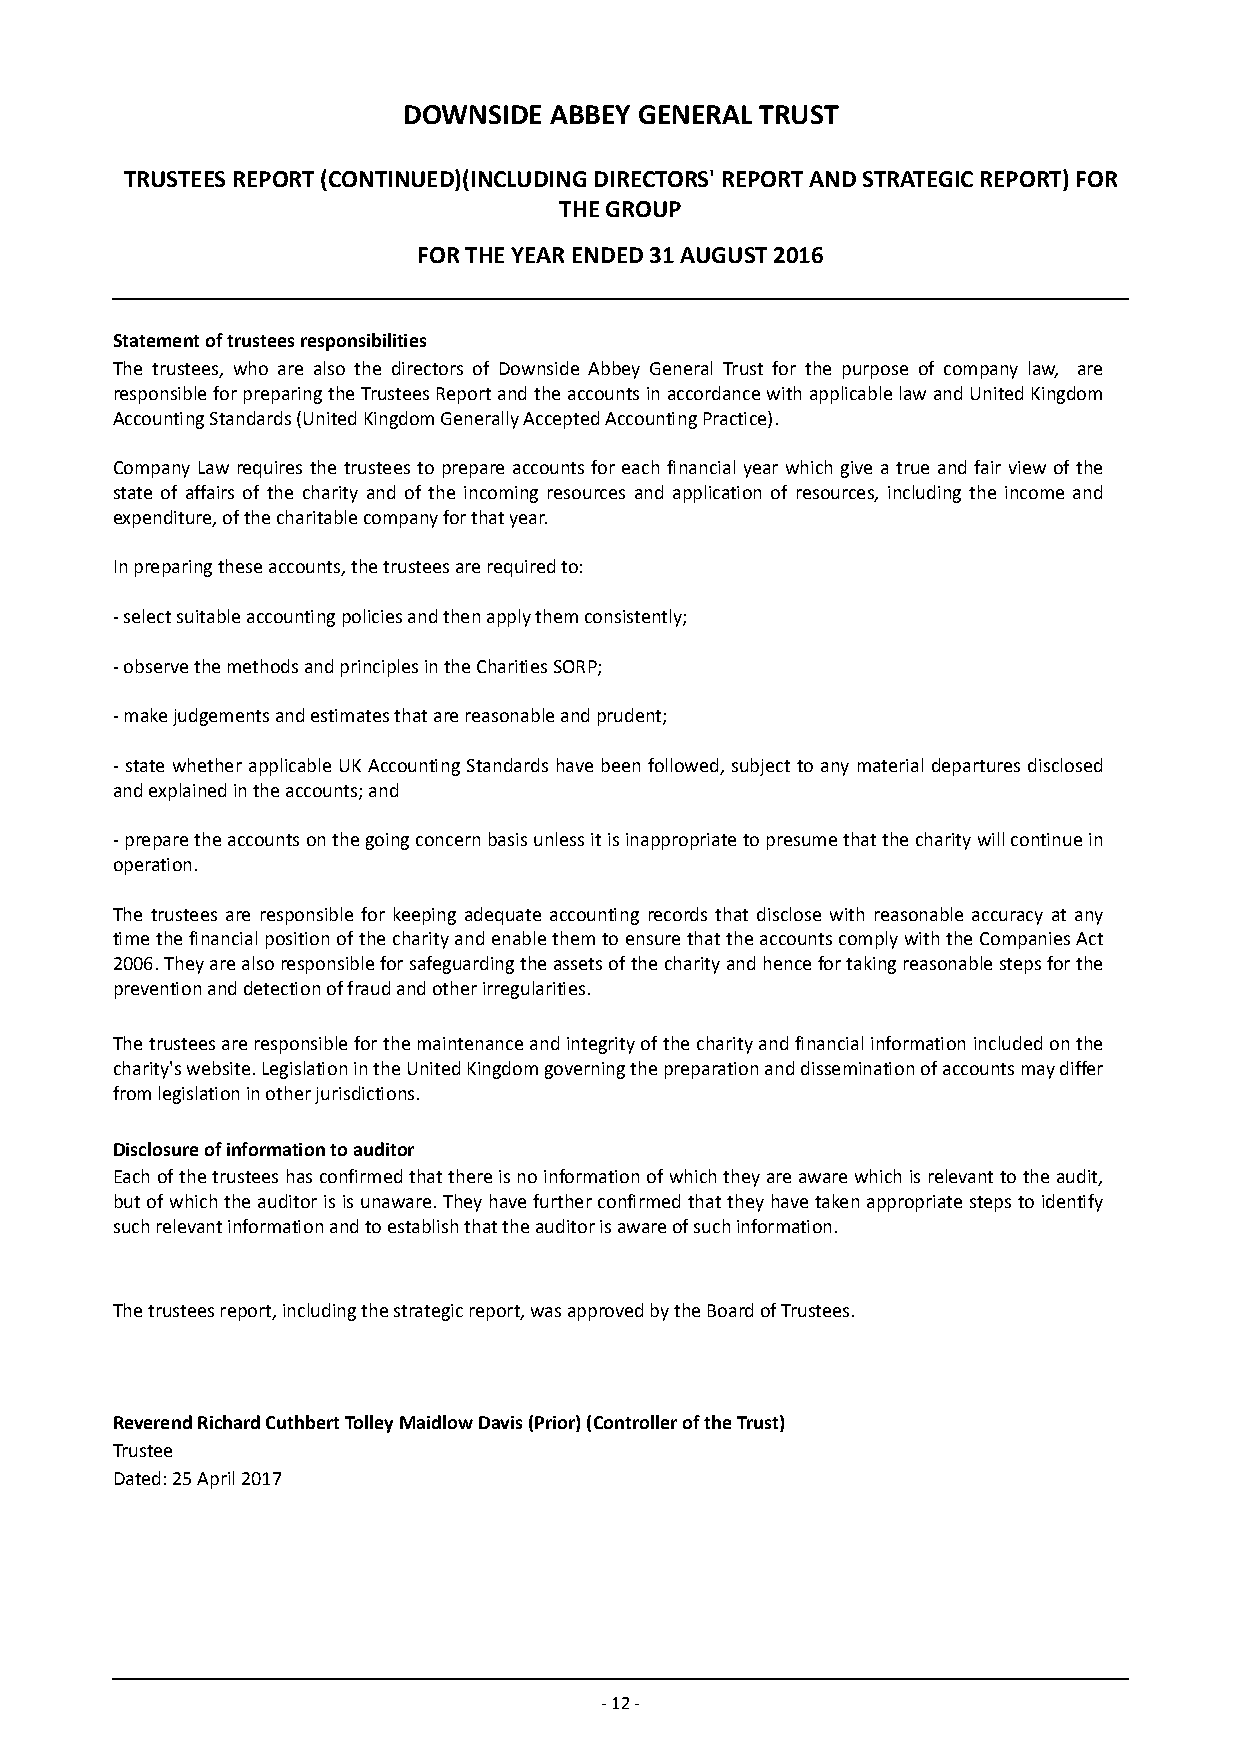
DOWNSIDE ABBEY GENERAL TRUST
 TRUSTEES REPORT (CONTINUED)(INCLUDING DIRECTORS' REPORT AND STRATEGIC REPORT) FOR
 THE GROUP
 FOR THE YEAR ENDED 31 AUGUST 2016
 Statement of trustees responsibilities
 The trustees, who are also the directors of Downside Abbey General Trust for the purpose of company law, are
 responsible for preparing the Trustees Report and the accounts in accordance with applicable law and United Kingdom
 Accounting Standards (United Kingdom Generally Accepted Accounting Practice).
 Company Law requires the trustees to prepare accounts for each financial year which give a true and fair view of the
 state of affairs of the charity and of the incoming resources and application of resources, including the income and
 expenditure, of the charitable company for that year.
 In preparing these accounts, the trustees are required to:
 - select suitable accounting policies and then apply them consistently;
 - observe the methods and principles in the Charities SORP;
 - make judgements and estimates that are reasonable and prudent;
 - state whether applicable UK Accounting Standards have been followed, subject to any material departures disclosed
 and explained in the accounts; and
 - prepare the accounts on the going concern basis unless it is inappropriate to presume that the charity will continue in
 operation.
 The trustees are responsible for keeping adequate accounting records that disclose with reasonable accuracy at any
 time the financial position of the charity and enable them to ensure that the accounts comply with the Companies Act
 2006. They are also responsible for safeguarding the assets of the charity and hence for taking reasonable steps for the
 prevention and detection of fraud and other irregularities.
 The trustees are responsible for the maintenance and integrity of the charity and financial information included on the
 charity's website. Legislation in the United Kingdom governing the preparation and dissemination of accounts may differ
 from legislation in other jurisdictions.
 Disclosure of information to auditor
 Each of the trustees has confirmed that there is no information of which they are aware which is relevant to the audit,
 but of which the auditor is is unaware. They have further confirmed that they have taken appropriate steps to identify
 such relevant information and to establish that the auditor is aware of such information.
 The trustees r e port, including the strategic report, was approved by the Board of Trustees.
 Reverend Richard Cuthbert Tolley Maidlow Davis (Prior) (Controller of the Trust)
 Trustee
 Dated: 25 April 2017
 - 12 -